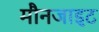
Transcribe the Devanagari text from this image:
मौनजाइट